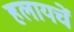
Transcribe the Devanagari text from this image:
हलायचें